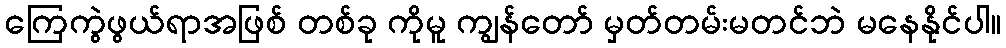
ကြေကွဲဖွယ်ရာအဖြစ် တစ်ခု ကိုမူ ကျွန်တော် မှတ်တမ်းမတင်ဘဲ မနေနိုင်ပါ။